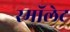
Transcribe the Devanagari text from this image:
स्माॅलेट